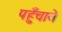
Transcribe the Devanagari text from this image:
पहुँचाये